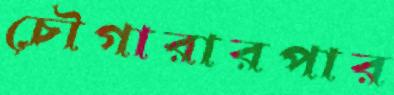
চৌগারারপার